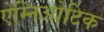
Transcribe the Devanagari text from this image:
ऐम्निओटिक